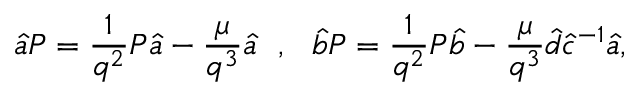
\hat { a } { \cal P } = \frac { 1 } { q ^ { 2 } } { \cal P } \hat { a } - \frac { \mu } { q ^ { 3 } } \hat { a } ~ ~ , ~ ~ \hat { b } { \cal P } = \frac { 1 } { q ^ { 2 } } { \cal P } \hat { b } - \frac { \mu } { q ^ { 3 } } \hat { d } \hat { c } ^ { - 1 } \hat { a } ,